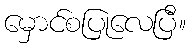
မှောင်စပြုလေပြီ။